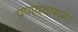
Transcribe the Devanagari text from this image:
प्रणयवासना